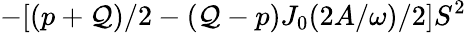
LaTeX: -[(p+\mathcal{Q})/2-(\mathcal{Q}-p)J_{0}(2A/\omega)/2]S^{2}